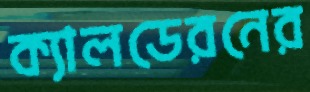
ক্যালডেরনের